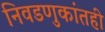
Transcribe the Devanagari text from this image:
निवडणुकांतही